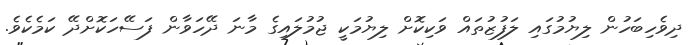
ދިވެހިބަހުން ލިޔުމުގައި ލަފުޒުތައް ވަކިކޮށް ލިޔުމަކީ ޖުމުލައިގެ މާނަ ދޭހަވާން ފަސޭހަކޮށްދޭ ކަމެކެވެ.